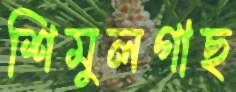
শিমুলগাছ